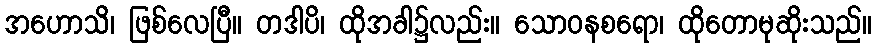
အဟောသိ၊ ဖြစ်လေပြီ။ တဒါပိ၊ ထိုအခါ၌လည်း။ သောဝနစရော၊ ထိုတောမုဆိုးသည်။